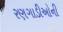
રણગાડીઓની